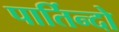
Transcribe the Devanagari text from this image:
पार्तिन्दो